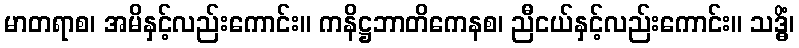
မာတရာစ၊ အမိနှင့်လည်းကောင်း။ ကနိဋ္ဌဘာတိကေနစ၊ ညီငယ်နှင့်လည်းကောင်း။ သဒ္ဓိံ၊